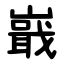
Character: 嶯